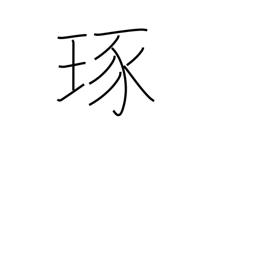
Meaning: polish